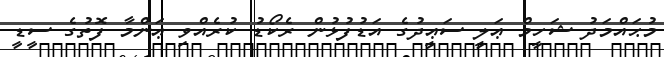
މުޙައްމަދު ޝަހީމް ޢަލީ ސަޢީދުގެ އަޑުފުޅުން ރެކޯޑު ކުރެއްވި ޢަންމާ ފޮތުގެ ސީޑީ